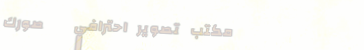
مكتب تصوير احترافي   صورك